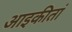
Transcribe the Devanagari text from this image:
आइकीतां